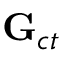
\mathbf { G } _ { c t }